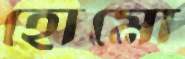
হোমো